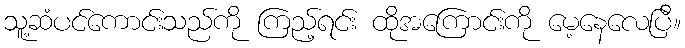
သူ့ဆံပင်ကောင်းသည်ကို ကြည့်ရင်း ထိုအကြောင်းကို မေ့နေလေပြီ။